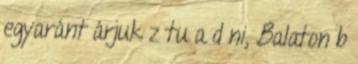
egyaránt árjuk z tu a d ni, Balaton b